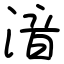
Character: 湆